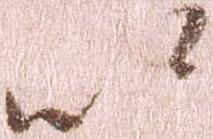
以